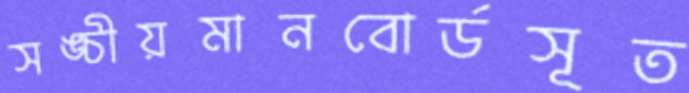
সঙ্চীয়মানবোর্ডসূত